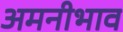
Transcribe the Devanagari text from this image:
अमनीभाव